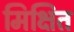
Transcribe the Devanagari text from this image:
मिक्षित